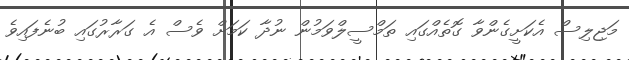
މަޖިލިސް އެކަށީގެންވާ ގޮތެއްގައި ތަމްސީލްވަމުން ނުދާ ކަމަށް ވެސް އެ ގަރާރުގައި ބުނެފައިވެ